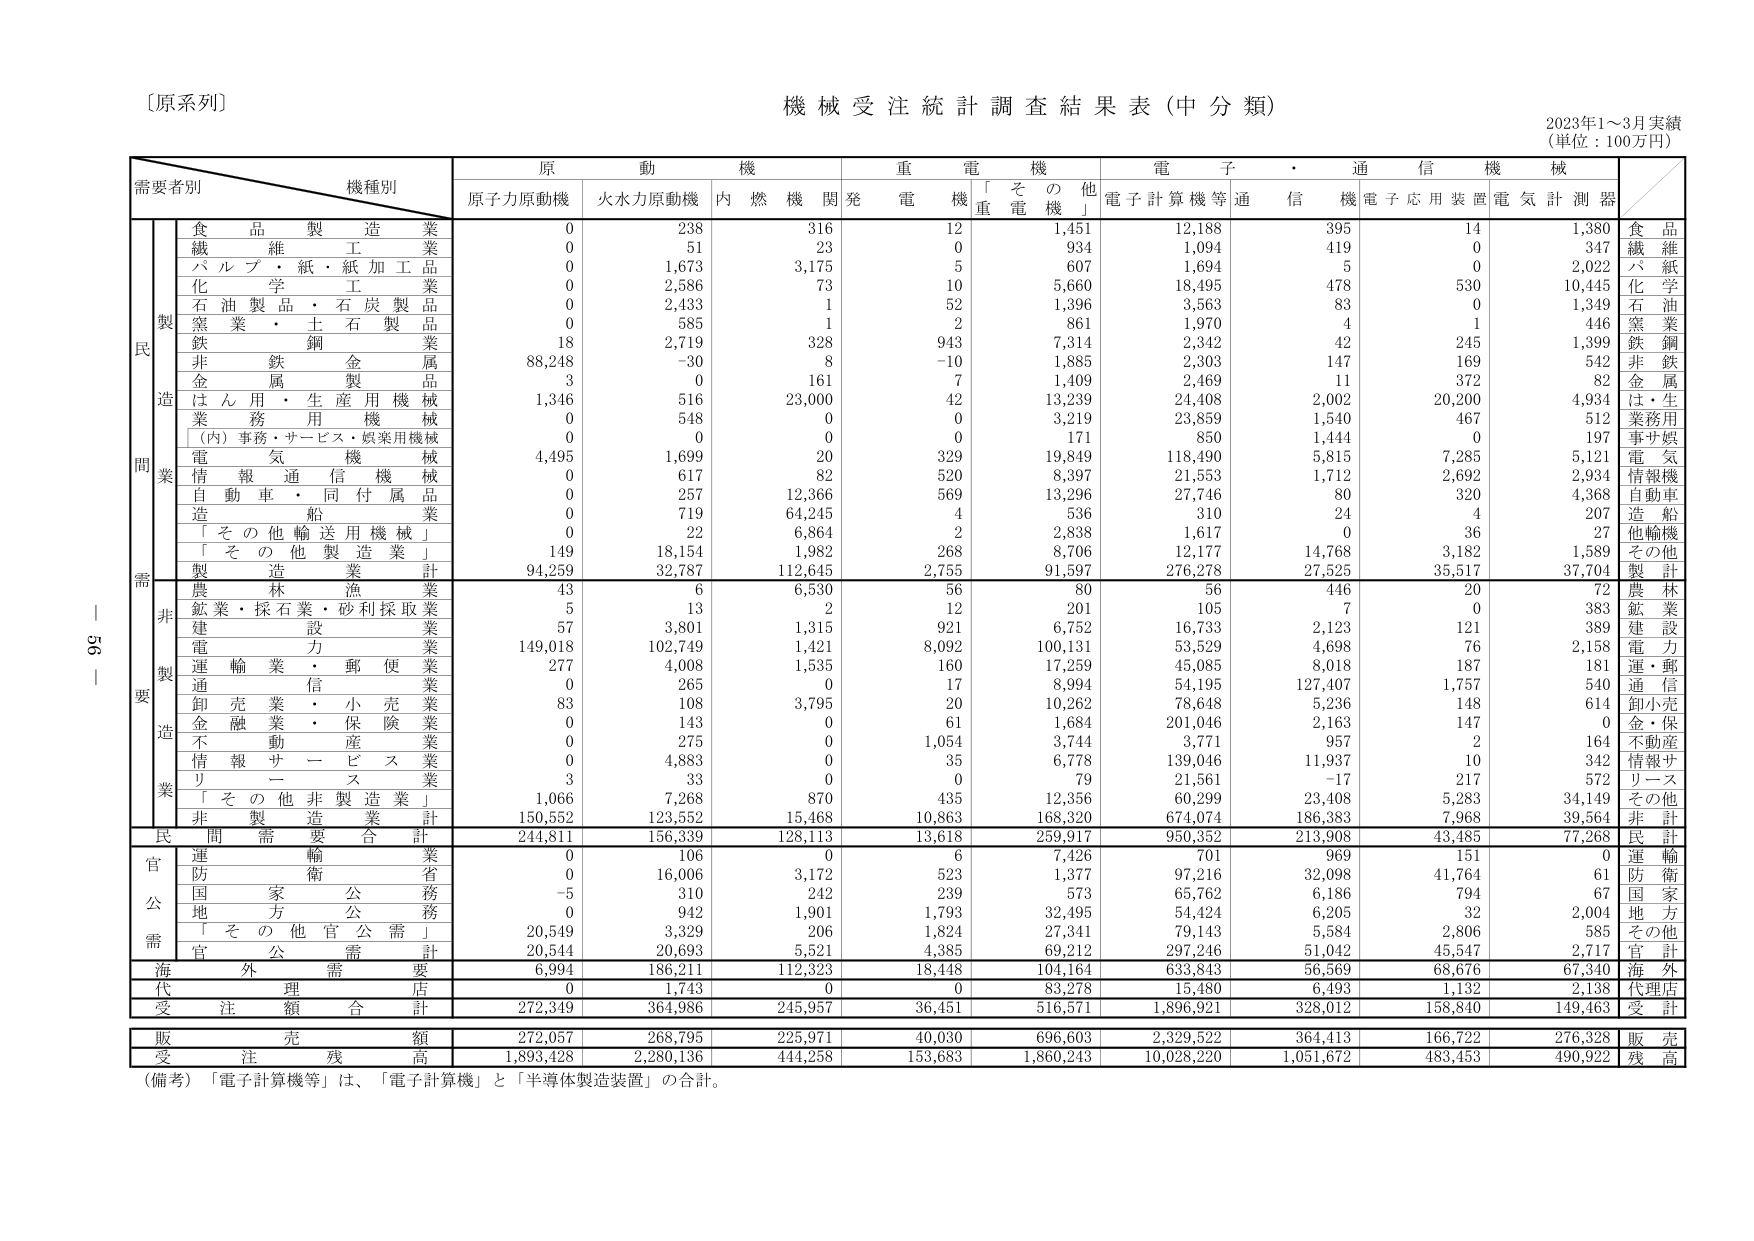
〔原系列〕
機械受注統計調査結果表（中分類）
2023年1～3月実績
（単位：100万円）

需要者別　　機種別
　　　　　　　　原　　動　　機　　　　　　重　　電　　機　　　　　　電　　子　　・　　通　　信　　機　　械
　　　　　　　　原子力原動機　　火水力原動機　　内燃機関　　発電機　　「その他重電機」　　電子計算機等　　通信機　　電子応用装置　　電気計測器

　　　　　　　　食品製造業　　　　　　0　　　　　　238　　　　　　316　　　　　　12　　　　　　1,451　　　　　　12,188　　　　　　395　　　　　　14　　　　　　1,380　　　　　　食品
　　　　　　　　繊維工業　　　　　　0　　　　　　51　　　　　　23　　　　　　0　　　　　　934　　　　　　1,094　　　　　　419　　　　　　0　　　　　　347　　　　　　繊維
　　　　　　　　パルプ・紙・紙加工品　　　　　　0　　　　　　1,673　　　　　　3,175　　　　　　5　　　　　　607　　　　　　1,694　　　　　　5　　　　　　0　　　　　　2,022　　　　　　パルプ
　　　　　　　　化学工業　　　　　　0　　　　　　2,586　　　　　　73　　　　　　10　　　　　　5,660　　　　　　18,495　　　　　　478　　　　　　530　　　　　　10,445　　　　　　化学
　　　　　　　　石油製品・石炭製品　　　　　　0　　　　　　2,433　　　　　　1　　　　　　52　　　　　　1,396　　　　　　3,563　　　　　　83　　　　　　0　　　　　　1,349　　　　　　石油
　　　　　　　　窯業・土石製品　　　　　　0　　　　　　585　　　　　　1　　　　　　2　　　　　　861　　　　　　1,970　　　　　　4　　　　　　1　　　　　　446　　　　　　窯業
　　　　　　　　鉄鋼業　　　　　　18　　　　　　2,719　　　　　　328　　　　　　943　　　　　　7,314　　　　　　2,342　　　　　　42　　　　　　245　　　　　　1,399　　　　　　鉄鋼
　　　　　　　　非鉄金属業　　　　　　88,248　　　　　　-30　　　　　　8　　　　　　-10　　　　　　1,885　　　　　　2,303　　　　　　147　　　　　　169　　　　　　542　　　　　　非鉄
　　　　　　　　金属製品　　　　　　3　　　　　　0　　　　　　161　　　　　　7　　　　　　1,409　　　　　　2,469　　　　　　11　　　　　　372　　　　　　82　　　　　　金属
　　　　　　　　はん用・生産用機械　　　　　　1,346　　　　　　516　　　　　　23,000　　　　　　42　　　　　　13,239　　　　　　24,408　　　　　　2,002　　　　　　20,200　　　　　　4,934　　　　　　は・生
　　　　　　　　業務用機械　　　　　　0　　　　　　548　　　　　　0　　　　　　0　　　　　　3,219　　　　　　23,859　　　　　　1,540　　　　　　467　　　　　　512　　　　　　業務用
　　　　　　　　（内）事務・サービス・娯楽用機械　　　　　　0　　　　　　0　　　　　　0　　　　　　0　　　　　　171　　　　　　850　　　　　　1,444　　　　　　0　　　　　　197　　　　　　事サ娯
　　　　　　　　電気機械　　　　　　4,495　　　　　　1,699　　　　　　20　　　　　　329　　　　　　19,849　　　　　　118,490　　　　　　5,815　　　　　　7,285　　　　　　5,121　　　　　　電気
　　　　　　　　情報通信機械　　　　　　0　　　　　　617　　　　　　82　　　　　　520　　　　　　8,397　　　　　　21,553　　　　　　1,712　　　　　　2,692　　　　　　2,934　　　　　　情報機
　　　　　　　　自動車・同付属品　　　　　　0　　　　　　257　　　　　　12,366　　　　　　569　　　　　　13,296　　　　　　27,746　　　　　　80　　　　　　320　　　　　　4,368　　　　　　自動車
　　　　　　　　造船業　　　　　　0　　　　　　719　　　　　　64,245　　　　　　4　　　　　　536　　　　　　310　　　　　　24　　　　　　4　　　　　　207　　　　　　造船
　　　　　　　　「その他輸送用機械」　　　　　　0　　　　　　22　　　　　　6,864　　　　　　2　　　　　　2,838　　　　　　1,617　　　　　　0　　　　　　36　　　　　　27　　　　　　他輸機
　　　　　　　　「その他製造業」　　　　　　149　　　　　　18,154　　　　　　1,982　　　　　　268　　　　　　8,706　　　　　　12,177　　　　　　14,768　　　　　　3,182　　　　　　1,589　　　　　　その他
　　　　　　　　製造業合計　　　　　　94,259　　　　　　32,787　　　　　　112,645　　　　　　2,755　　　　　　91,597　　　　　　276,278　　　　　　27,525　　　　　　35,517　　　　　　37,704　　　　　　製計
　　　　　　　　農林漁業　　　　　　43　　　　　　6　　　　　　6,530　　　　　　56　　　　　　80　　　　　　56　　　　　　446　　　　　　20　　　　　　72　　　　　　農林
　　　　　　　　鉱業・採石業・砂利採取業　　　　　　5　　　　　　13　　　　　　2　　　　　　12　　　　　　201　　　　　　105　　　　　　7　　　　　　0　　　　　　383　　　　　　鉱業
　　　　　　　　建設業　　　　　　57　　　　　　3,801　　　　　　1,315　　　　　　921　　　　　　6,752　　　　　　16,733　　　　　　2,123　　　　　　121　　　　　　389　　　　　　建設
　　　　　　　　電力業　　　　　　149,018　　　　　　102,749　　　　　　1,421　　　　　　8,092　　　　　　100,131　　　　　　53,529　　　　　　4,698　　　　　　76　　　　　　2,158　　　　　　電力
　　　　　　　　運輸業・郵便業　　　　　　277　　　　　　4,008　　　　　　1,535　　　　　　160　　　　　　17,259　　　　　　45,085　　　　　　8,018　　　　　　187　　　　　　181　　　　　　運・郵
　　　　　　　　通信業　　　　　　0　　　　　　265　　　　　　0　　　　　　17　　　　　　8,994　　　　　　54,195　　　　　　127,407　　　　　　1,757　　　　　　540　　　　　　通信
　　　　　　　　卸売業・小売業　　　　　　83　　　　　　108　　　　　　3,795　　　　　　20　　　　　　10,262　　　　　　78,648　　　　　　5,236　　　　　　148　　　　　　614　　　　　　卸小売
　　　　　　　　金融業・保険業　　　　　　0　　　　　　143　　　　　　0　　　　　　61　　　　　　1,684　　　　　　201,046　　　　　　2,163　　　　　　147　　　　　　0　　　　　　金・保
　　　　　　　　不動産業　　　　　　0　　　　　　275　　　　　　0　　　　　　1,054　　　　　　3,744　　　　　　3,771　　　　　　957　　　　　　2　　　　　　164　　　　　　不動産
　　　　　　　　情報サービス業　　　　　　0　　　　　　4,883　　　　　　0　　　　　　35　　　　　　6,778　　　　　　139,046　　　　　　11,937　　　　　　10　　　　　　342　　　　　　情報サ
　　　　　　　　リース業　　　　　　3　　　　　　33　　　　　　0　　　　　　0　　　　　　79　　　　　　21,561　　　　　　-17　　　　　　217　　　　　　572　　　　　　リース
　　　　　　　　「その他非製造業」　　　　　　1,066　　　　　　7,268　　　　　　870　　　　　　435　　　　　　12,356　　　　　　60,299　　　　　　23,408　　　　　　5,283　　　　　　34,149　　　　　　その他
　　　　　　　　非製造業合計　　　　　　150,552　　　　　　123,552　　　　　　15,468　　　　　　10,863　　　　　　168,320　　　　　　674,074　　　　　　186,383　　　　　　7,968　　　　　　39,564　　　　　　非計
　　　　　　　　民間需要合計　　　　　　244,811　　　　　　156,339　　　　　　128,113　　　　　　13,618　　　　　　259,917　　　　　　950,352　　　　　　213,908　　　　　　43,485　　　　　　77,268　　　　　　民計
　　　　　　　　運輸業　　　　　　0　　　　　　106　　　　　　0　　　　　　6　　　　　　7,426　　　　　　701　　　　　　969　　　　　　151　　　　　　0　　　　　　運輸
　　　　　　　　防衛省　　　　　　0　　　　　　16,006　　　　　　3,172　　　　　　523　　　　　　1,377　　　　　　97,216　　　　　　32,098　　　　　　41,764　　　　　　61　　　　　　防衛
　　　　　　　　国家公務　　　　　　-5　　　　　　310　　　　　　242　　　　　　239　　　　　　573　　　　　　65,762　　　　　　6,186　　　　　　794　　　　　　67　　　　　　国家
　　　　　　　　地方公務　　　　　　0　　　　　　942　　　　　　1,901　　　　　　1,793　　　　　　32,495　　　　　　54,424　　　　　　6,205　　　　　　32　　　　　　2,004　　　　　　地方
　　　　　　　　「その他官公需」　　　　　　20,549　　　　　　3,329　　　　　　206　　　　　　1,824　　　　　　27,341　　　　　　79,143　　　　　　5,584　　　　　　2,806　　　　　　585　　　　　　その他
　　　　　　　　官公需合計　　　　　　20,544　　　　　　20,693　　　　　　5,521　　　　　　4,385　　　　　　69,212　　　　　　297,246　　　　　　51,042　　　　　　45,547　　　　　　2,717　　　　　　官計
　　　　　　　　海外需要　　　　　　6,994　　　　　　186,211　　　　　　112,323　　　　　　18,448　　　　　　104,164　　　　　　633,843　　　　　　56,569　　　　　　68,676　　　　　　67,340　　　　　　海外
　　　　　　　　代理店　　　　　　0　　　　　　1,743　　　　　　0　　　　　　0　　　　　　83,278　　　　　　15,480　　　　　　6,493　　　　　　1,132　　　　　　2,138　　　　　　代理店
　　　　　　　　受注額合計　　　　　　272,349　　　　　　364,986　　　　　　245,957　　　　　　36,451　　　　　　516,571　　　　　　1,896,921　　　　　　328,012　　　　　　158,840　　　　　　149,463　　　　　　受計
　　　　　　　　販売額　　　　　　272,057　　　　　　268,795　　　　　　225,971　　　　　　40,030　　　　　　696,603　　　　　　2,329,522　　　　　　364,413　　　　　　166,722　　　　　　276,328　　　　　　販売
　　　　　　　　受注残高　　　　　　1,893,428　　　　　　2,280,136　　　　　　444,258　　　　　　153,683　　　　　　1,860,243　　　　　　10,028,220　　　　　　1,051,672　　　　　　483,453　　　　　　490,922　　　　　　残高

（備考）「電子計算機等」は、「電子計算機」と「半導体製造装置」の合計。